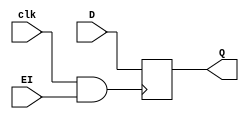
// This program was cloned from: https://github.com/TheSUPERCD/8bit_MicroComputer_Verilog
// License: MIT License

`timescale 1ns/1ps
module register4(input clk, input [3:0] D, input EI, output reg [3:0] Q);
wire CLK;
assign CLK=(clk & EI);
always @(posedge CLK)
begin
    Q <= D;
end
endmodule